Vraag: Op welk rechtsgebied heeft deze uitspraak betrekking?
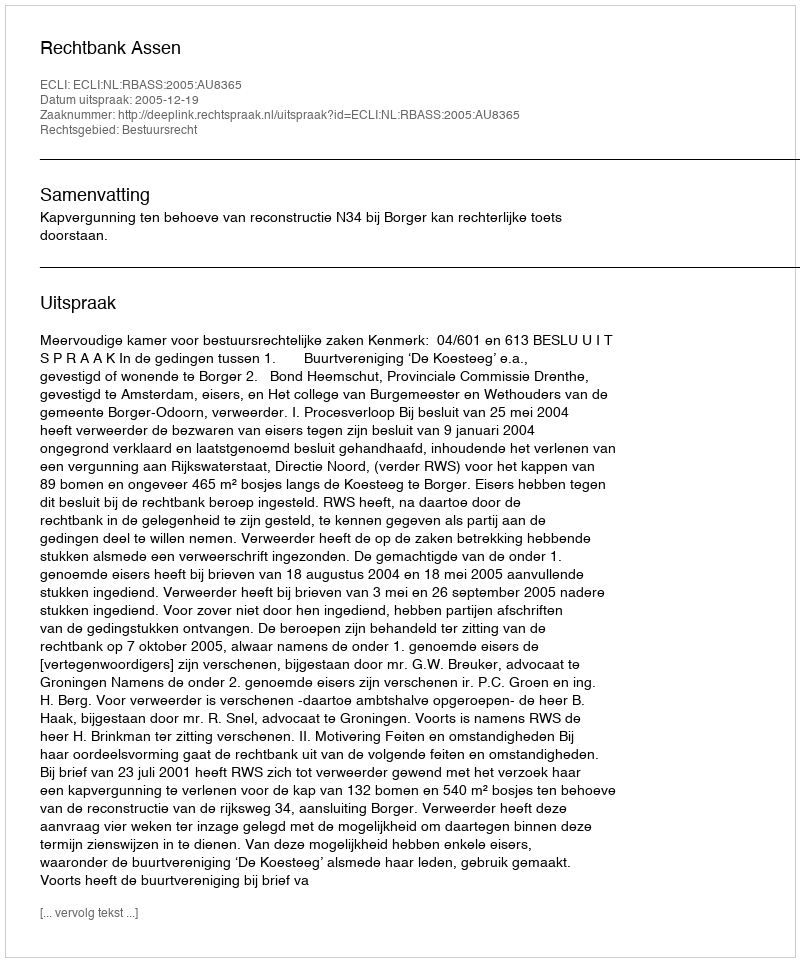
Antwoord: Bestuursrecht